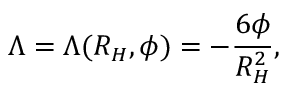
\Lambda = \Lambda ( R _ { H } , \phi ) = - \frac { 6 \phi } { R _ { H } ^ { 2 } } ,